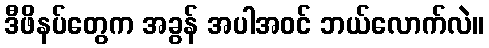
ဒီဖိနပ်တွေက အခွန် အပါအဝင် ဘယ်လောက်လဲ။